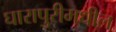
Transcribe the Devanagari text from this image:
घारापुरीमधील